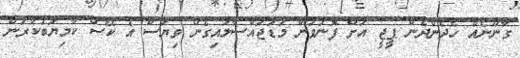
ގާނޫނެއް ހެދެންދެން ޕީޖީ އަށް ފޮނުވުން މަޑުޖައްސާލައިގެން ވިޔަސް އެ ކޭސް ކާމިޔަބުކުރަން